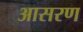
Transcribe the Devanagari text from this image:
आसरण